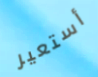
أستعير